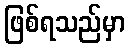
ဖြစ်ရသည်မှာ